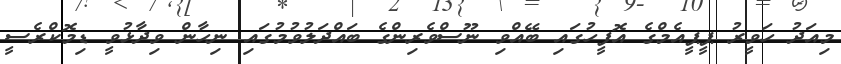
މިއަދު ހަވީރު ޕީޕީއެމްގެ އޮފީހުގައި ބޭއްވި ނޫސްވެރިންގެ ބައްދަލުވުމުގައި ނިހާން ވިދާޅުވީ ޑިމޮކްރެސީ